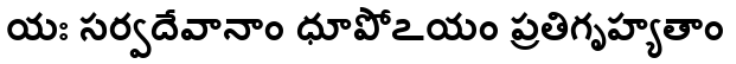
యః సర్వదేవానాం ధూపోఽయం ప్రతిగృహ్యతాం